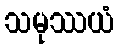
သမုဿယံ